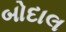
બોદાલ